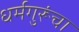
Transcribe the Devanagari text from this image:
धर्मगुरूंचा